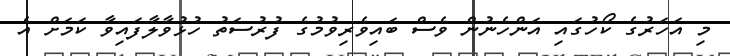
މި އަހަރުގެ ކޯހުގައި އަންހެނުން ވެސް ބައިވެރިވުމުގެ ފުރުސަތު ހުޅުވާލާފައިވާ ކަމަށް އެ